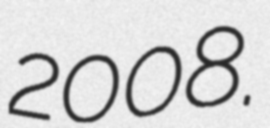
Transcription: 2008.